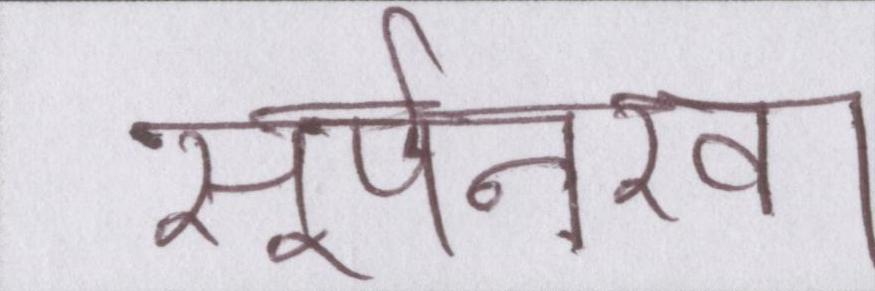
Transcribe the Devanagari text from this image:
सूर्पनखा